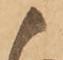
御